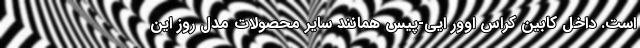
است. داخل کابین کراس اوور ایی-پیس همانند سایر محصولات مدل روز این